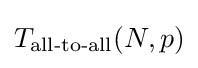
T_{\text{all-to-all}}(N,p)